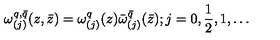
\omega _ { ( j ) } ^ { q , \bar { q } } ( z , \bar { z } ) = \omega _ { ( j ) } ^ { q } ( z ) \bar { \omega } _ { ( j ) } ^ { \bar { q } } ( \bar { z } ) ; j = 0 , \frac { 1 } { 2 } , 1 , \ldots